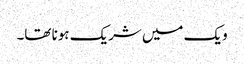
ویک میں شریک ہونا تھا۔